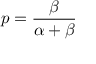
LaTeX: p = { \frac { \beta } { \alpha + \beta } }